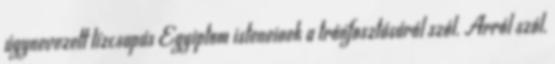
úgynevezett tízcsapás Egyiptom isteneinek a trónfosztásáról szól. Arról szól,